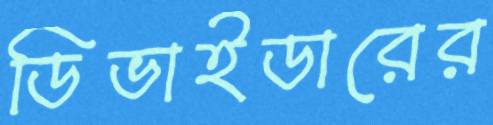
ডিভাইডারের